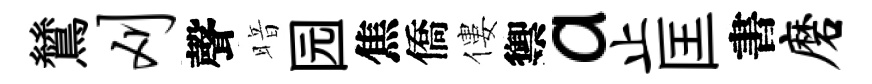
鷥刈聲暗园焦僑僂禦a止匡書磨